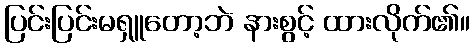
ပြင်းပြင်းမရှူတော့ဘဲ နားစွင့် ထားလိုက်၏။